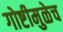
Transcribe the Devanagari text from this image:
गोष्टीमुळेच